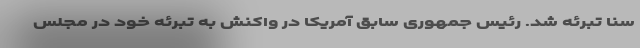
سنا تبرئه شد. رئیس جمهوری سابق آمریکا در واکنش به تبرئه خود در مجلس